Annual report on the working of the mental hospitals in the Madras Presidency - 1912-1932
Year: 1912
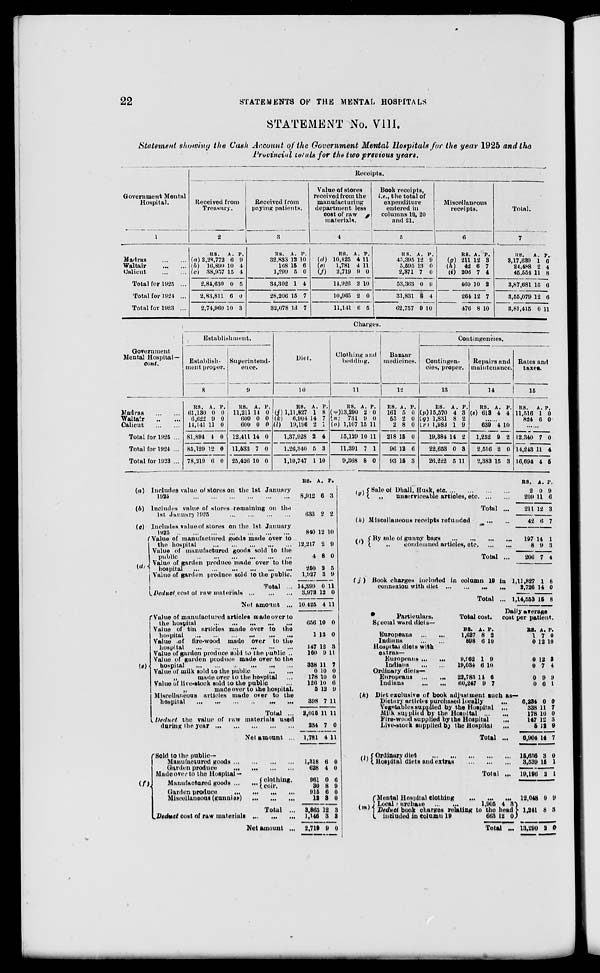
22
STATEMENTS OF THE MENTAL HOSPITALS
STATEMENT No. VIII.
Statement showing the Cash Account of the Government Mental Hospitals for the year 1925 and the
Provincial totals for the two previous years.
Government Mental
Hospital.
1
Madras
...
...
Waltair
...
...
Culicut
...
...
Total for 1925 ...
Total for 1924 ...
Total for 1923 ...
Receipts.
Received from
Treasury.
2
RS.
(a) 2,28,772
(b) 16,899
(c) 38,957
2,84,630
2,83,811
2,74,960
A.
6
10
15
0
6
10
P.
9
4
4
5
0
3
Received from
paying patients.
3
RS.
32,833
168
1,299
34,302
28,206
32,078
A.
12
15
5
1
15
13
P.
10
6
0
4
7
7
Value of stores
received from the
manufacturing
department less
cost of raw
materials.
4
RS.
(d) 10,425
(e)
1,781
(f)
3,719
14,926
10,965
11,141
A.
4
4
9
2
2
6
P.
11
11
0
10
0
5
Book receipts,
i.e., the total of
expenditure
entered in
columns 19, 20
and 21.
5
RS.
45,395
5,595
2,371
53,363
31,831
62,757
A.
12
13
7
0
8
9
P.
9
0
0
9
4
10
Miscellaneous
receipts.
6
RS.
(g) 211
(h)
42
(i) 206
460
264
476
A.
12
6
7
10
12
8
P.
3
7
4
2
7
10
Total.
7
RS.
3,17,639
24,488
45,554
3,87,681
3,55,079
3,81,415
A.
1
2
11
15
12
0
P.
6
4
8
6
6
11
Government
Mental Hospital—
cont.
Madras
...
...
Waltair
...
...
Calicut
...
...
Total for 1925 ...
Total for 1924 ...
Total for 1923 ...
Charges.
Establishment.
Establish-
ment proper.
8
RS.
61,130
6,622
14,141
81,894
85,129
78,219
A.
0
9
11
4
12
6
P.
0
0
0
0
0
0
Superintend-
ence.
9
RS.
11,211
600
600
12,411
11,533
25,426
A.
14
0
0
14
7
10
P.
0
0
0
0
0
0
Diet.
10
RS.
(j) 1,11,827
(k)
6,904
(l)
19,196
1,37,928
1,26,340
1,10,747
A.
1
14
2
2
5
1
P.
8
7
1
4
3
10
Clothing and
bedding.
11
RS.
(m)13,290
(n)
731
(o) 1,107
15,129
11,391
9,368
A.
2
9
15
10
7
8
P.
0
0
11
11
1
0
Bazaar
medicines.
12
RS.
161
55
2
218
96
93
A.
5
2
8
15
12
15
P.
0
0
0
0
6
3
Contingencies.
Contingen-
cies, proper.
13
RS.
(p) 15,570
(q) 1,831
(r) 1,983
19,384
22,653
26,222
A.
4
8
1
14
0
5
P.
3
2
9
2
3
11
Repairs and
maintenance.
14
RS.
(s) 613
A.
4
P.
4
......
639
1,252
2,516
2,383
4
0
2
15
10
2
0
3
Rates and
taxes.
15
RS.
11,516
824
A.
1
6
P.
0
0
......
12,340
14,243
16,694
7
11
4
0
4
5
(a)
(b)
(c)
(d)
(f)
Includes value of stores on the 1st
January
1925 ... ... ... ... ... ...
Includes value of stores remaining on the
1st January 1925
...
...
...
...
Includes value of stores on the 1st
January
1925
...
...
...
...
...
...
...
Value of manufactured goods made over to
the hospital
...
...
...
...
...
...
...
Value of manufactured goods sold to the
public
...
...
...
...
...
...
...
Value of garden produce made over to the
hospital
...
...
...
...
...
...
...
Value of garden produce sold to the public.
Total ...
Deduct cost of raw materials
...
...
...
Net amount
...
Value of manufactured articles made over to
the hospital
...
...
...
...
...
...
...
Value of tin articles made over to the
hospital
...
...
...
...
...
...
...
Value of
fire-wood
made over to the
hospital
...
...
...
...
...
...
...
Value of garden produce sold to the public ..
Value of garden produce made over to the
hospital
...
...
...
...
...
...
...
Value of milk sold to the public
...
...
„
made over to the hospital ...
Value of live-stock sold to the public ...
„
made over to the hospital.
Miscellaneous articles made over to the
hospital ... ... ... ... ... ... ...
Total ...
Deduct
the value of raw materials used
during the year
...
...
...
...
...
Net amount ...
Sold to the public.—
Manufactured goods
...
...
...
...
Garden produce
...
...
...
...
Made over to the Hospital —
Manufactured goods
...
... clothing.
coir.
Garden produce
...
...
...
Miscellaneous (gunnies)
...
...
...
...
Total
...
Deduct cost of raw materials
...
...
...
Net amount ...
RS.
8,912
633
840
12,217
4
250
1,927
14,399
3,973
10,425
656
1
147
160
338
0
178
126
5
398
2,015
234
1,781
A.
6
2
12
2
8
2
3
0
12
4
10
13
12
9
11
10
10
10
12
7
11
7
4
P.
3
2
10
9
0
5
9
11
0
11
0
0
3
11
7
0
0
6
9
11
11
0
11
1,318
628
6
4
0
0
961
30
915
12
3,865
1,146
2,719
0
8
6
3
12
3
9
6
9
0
0
3
3
0
(g)
(h)
(i)
(j)
Sale of Dhall, Husk, etc
...
...
...
...
„
unserviceable articles, etc. ... ...
Total ...
Miscellaneous receipts
refunded.
...
...
By sale of gunny bags
...
...
...
...
„
condemned articles,
etc.
...
...
Total ...
Book charges included in column 19 in
connexion with diet
...
...
...
...
Total ...
RS.
2
209
211
42
197
8
206
1,11,827
2,726
1,14,553
A.
0
11
12
6
14
9
7
1
14
15
P.
9
6
3
7
1
3
4
8
0
8
Particulars.
Special ward diets—
Europeans
...
...
Indians
...
...
Hospital diets with
extras-
Europeans ...
...
Indians
...
...
Ordinary diets-
Europeans ... ...
Indians
...
...
Total cost.
RS.
1,627
898
A.
8
6
P.
2
10
9,962
19,034
1
6
9
10
22,783
60,247
11
9
6
7
Daily average
cost per
patient.
RS.
1
0
A.
7
12
P.
0
10
0
0
12
7
3
4
0
0
9
6
9
1
(k) Diet exclusive of book adjustment such as—
Dietary articles purchased locally
...
Vegetables supplied by the Hospital
...
Milk supplied by the Hospital
...
...
Fire-wood supplied by the Hospital ...
Live-stock supplied by the Hospital
...
Total ...
(l)
Ordinary diet ... ... ... ... ...
Hospital diets and extras
...
...
...
Total ...
6,234
338
178
147
5
6,904
15,656
3,539
19,196
0
11
10
12
12
14
3
15
2
0
7
0
3
9
7
0
1
1
(m) Mental Hospital clothing
...
Looal
Purchase ... ...
...
1,905
...
4 3
Deduct book charges relating to the head
included in column 19
663 12 0
Total ...
12,048 9 9
1,241 8 3
13,290 2 0